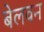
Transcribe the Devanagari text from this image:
बेलवन